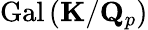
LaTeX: {\mathrm{Gal}}\left(\mathbf{K}/\mathbf{Q}_{p}\right)